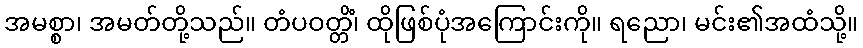
အမစ္စာ၊ အမတ်တို့သည်။ တံပဝတ္တိံ၊ ထိုဖြစ်ပုံအကြောင်းကို။ ရညော၊ မင်း၏အထံသို့။